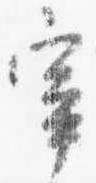
宰